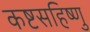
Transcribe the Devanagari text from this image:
कष्टसहिष्णु